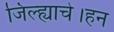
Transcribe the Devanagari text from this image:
जिल्ह्याचे।हन